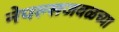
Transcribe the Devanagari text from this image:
नेपल्सजवळच्या